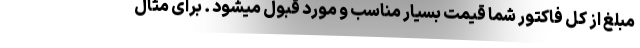
مبلغ از کل فاکتور شما قیمت بسیار مناسب و مورد قبول میشود . برای مثال